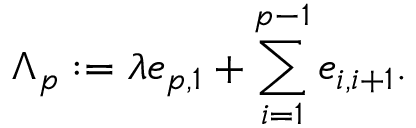
\Lambda _ { p } : = \lambda e _ { p , 1 } + \sum _ { i = 1 } ^ { p - 1 } e _ { i , i + 1 } .